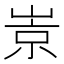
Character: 𡹞